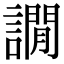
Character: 譋